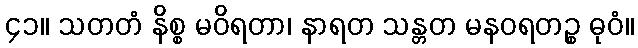
၄၁။ သတတံ နိစ္စ မဝိရတာ၊ နာရတ သန္တတ မနဝရတဉ္စ ဓုဝံ။